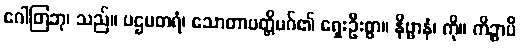
ဂေါတြဘု၊ သည်။ ပဌမတရံ၊ သောတာပတ္တိမဂ်၏ ရှေးဦးစွာ။ နိဗ္ဗာနံ၊ ကို။ ကိဉ္စာပိ